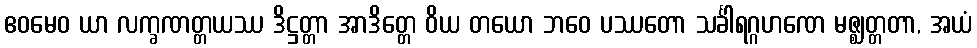
ဧဝမေဝ ယာ လက္ခဏတ္တယဿ ဒိဋ္ဌတ္တာ အာဒိတ္တေ ဝိယ တယော ဘဝေ ပဿတော သင်္ခါရဂ္ဂဟဏေ မဇ္ဈတ္တတာ, အယံ